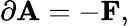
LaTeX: \partial\mathbf{A}=-\mathbf{F},